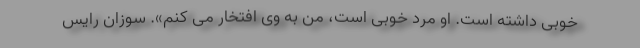
خوبی داشته است. او مرد خوبی است، من به وی افتخار می کنم». سوزان رایس